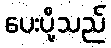
ပေးပို့သည်